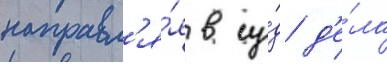
направл'я́я в су́д д'е́ла